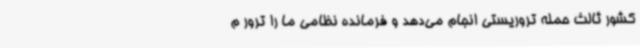
کشور ثالث حمله تروریستی انجام می‌دهد و فرمانده نظامی ما را ترور م